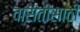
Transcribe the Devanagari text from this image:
वासंतीसाठी